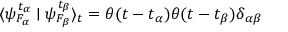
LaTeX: \langle \psi _ { F _ { \alpha } } ^ { t _ { \alpha } } \mid \psi _ { F _ { \beta } } ^ { t _ { \beta } } \rangle _ { t } = \theta ( t - t _ { \alpha } ) \theta ( t - t _ { \beta } ) \delta _ { \alpha \beta }